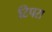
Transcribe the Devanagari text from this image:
टिपरा